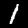
Digit: 1